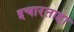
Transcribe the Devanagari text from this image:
इचारताहा